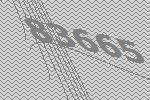
83665